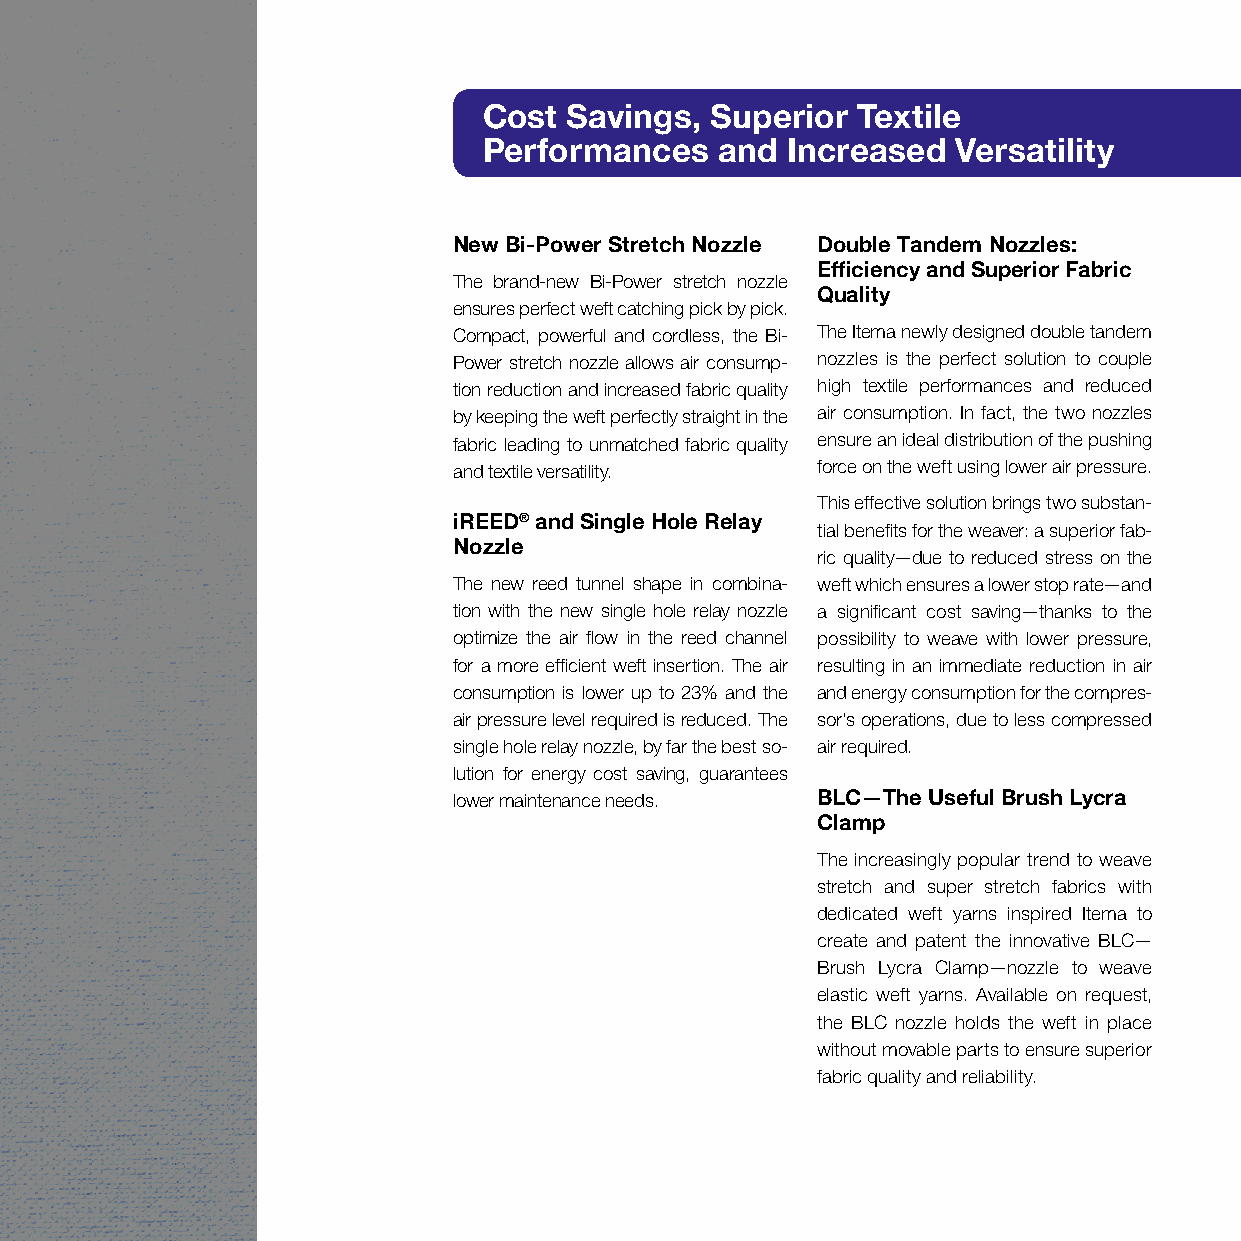
Cost Savings,  Superior  Textile
 Performances    and Increased  Versatility
 New Bi-Power Stretch Nozzle Double Tandem Nozzles:
 Efficiency and Superior Fabric
 The brand-new Bi-Power stretch nozzle
 Quality
 ensures perfect weft catching pick by pick.
 Compact, powerful and cordless, the Bi- The Itema newly designed double tandem
 Power stretch nozzle allows air consump- nozzles is the perfect solution to couple
 tion reduction and increased fabric quality high textile performances and reduced
 by keeping the weft perfectly straight in the air consumption. In fact, the two nozzles
 fabric leading to unmatched fabric quality ensure an ideal distribution of the pushing
 and textile versatility. force on the weft using lower air pressure.
 This effective solution brings two substan-
 iREED® and Single Hole Relay
 tial benefits for the weaver: a superior fab-
 Nozzle
 ric quality—due to reduced stress on the
 The new reed tunnel shape in combina- weft which ensures a lower stop rate—and
 tion with the new single hole relay nozzle a significant cost saving—thanks to the
 optimize the air flow in the reed channel possibility to weave with lower pressure,
 for a more efficient weft insertion. The air resulting in an immediate reduction in air
 consumption is lower up to 23% and the and energy consumption for the compres-
 air pressure level required is reduced. The sor’s operations, due to less compressed
 single hole relay nozzle, by far the best so- air required.
 lution for energy cost saving, guarantees
 lower maintenance needs. BLC—The Useful Brush Lycra
 Clamp
 The increasingly popular trend to weave
 stretch and super stretch fabrics with
 dedicated weft yarns inspired Itema to
 create and patent the innovative BLC—
 Brush Lycra Clamp—nozzle to weave
 elastic weft yarns. Available on request,
 the BLC nozzle holds the weft in place
 without movable parts to ensure superior
 fabric quality and reliability.